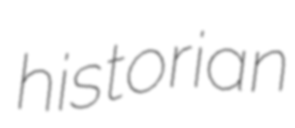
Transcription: historian